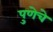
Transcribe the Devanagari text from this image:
पुणेचे